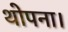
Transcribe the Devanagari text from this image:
थोपना।